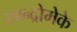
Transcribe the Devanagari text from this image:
स्य्न्द्रोमेके